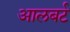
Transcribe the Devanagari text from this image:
आलबर्ट